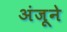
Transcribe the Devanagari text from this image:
अंजूने